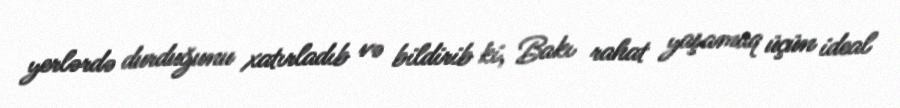
yerlərdə durduğunu xatırladıb və bildirib ki, Bakı rahat yaşamaq üçün ideal